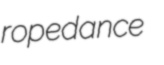
ropedance